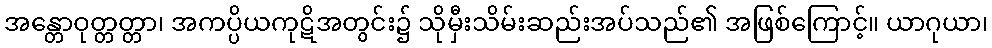
အန္တောဝုတ္တတ္တာ၊ အကပ္ပိယကုဋိအတွင်း၌ သိုမှီးသိမ်းဆည်းအပ်သည်၏ အဖြစ်ကြောင့်။ ယာဂုယာ၊